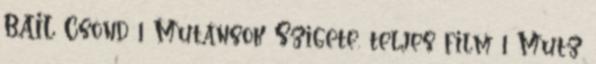
BAIL Csönd 1 Mutánsok Szigete. teljes film 1 Mutz